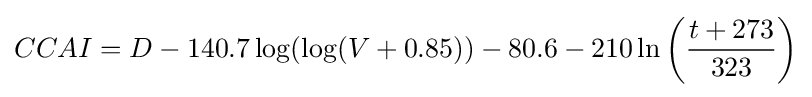
CCAI=D-140.7\log(\log(V+0.85))-80.6-210\ln \left({\frac {t+273}{323}}\right)